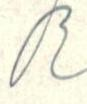
R